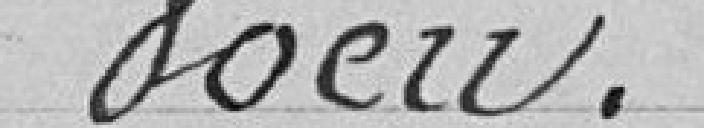
Vœu.